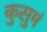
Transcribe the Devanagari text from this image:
कुसुमं